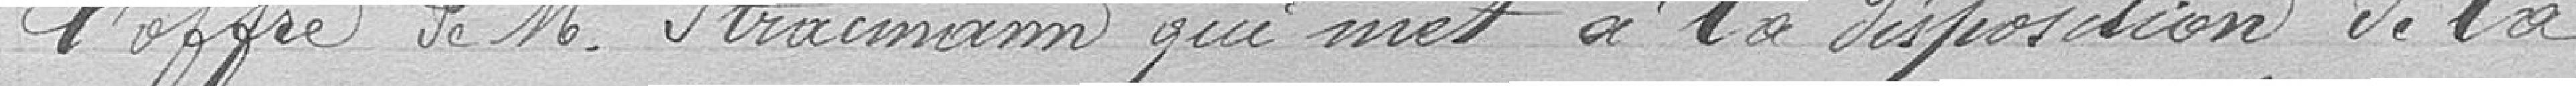
l'offre de Monsieur Stracmann qui met à la disposition de la